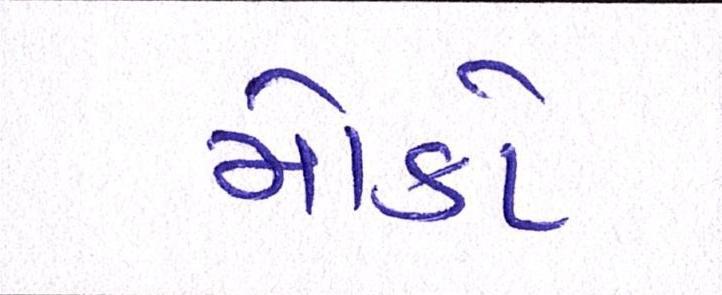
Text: મોકો